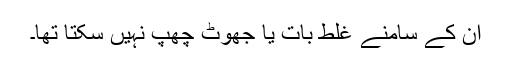
ان کے سامنے غلط بات یا جھوٹ چھپ نہیں سکتا تھا۔